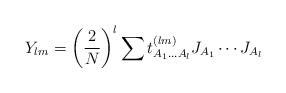
LaTeX: \begin{align*}Y_{lm} = \left(2 \over N\right)^l\sum t^{(lm)}_{A_1\ldots A_l}J_{A_1}\cdots J_{A_l}\end{align*}